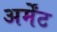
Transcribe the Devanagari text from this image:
अर्मेंट